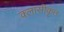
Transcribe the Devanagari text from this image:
क्लासीकृत